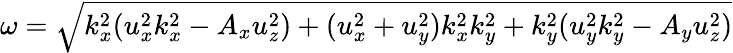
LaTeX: \begin{array}{r}{\omega=\sqrt{k_{x}^{2}(u_{x}^{2}k_{x}^{2}-A_{x}u_{z}^{2})+(u_{x}^{2}+u_{y}^{2})k_{x}^{2}k_{y}^{2}+k_{y}^{2}(u_{y}^{2}k_{y}^{2}-A_{y}u_{z}^{2})}}\end{array}